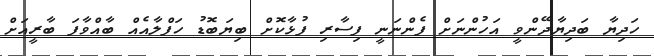
ހަދިޔާ ބަދިޔާދޭންވީ އަހުންނަށް ފެންނަނީ ފިސާރި ފުޅާކޮށް ބިޔަބޮޑު ހަފްލާއެއް ބާއްވާފަ ބާރީއަށް